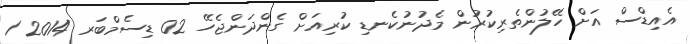
އެއިޑްސް އަށް ހޭލުންތެރިކުރުން މެދުނުކެނޑި ކުރިއަށް ގެންދަންޖެހޭ 02 ޑިސެމްބަރ 2014 1